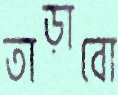
তাড়াবো